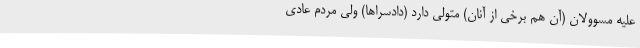
علیه مسوولان (آن هم برخی از آنان) متولی دارد (دادسراها) ولی مردم عادی